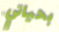
بحياتي